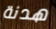
هدنة